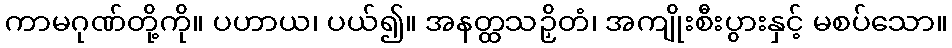
ကာမဂုဏ်တို့ကို။ ပဟာယ၊ ပယ်၍။ အနတ္ထသဉှိတံ၊ အကျိုးစီးပွားနှင့် မစပ်သော။